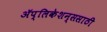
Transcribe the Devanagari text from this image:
ॲप्लिकेशन्ससाठी